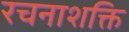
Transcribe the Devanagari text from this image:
रचनाशक्ति